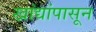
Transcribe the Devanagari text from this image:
खांद्यांपासून